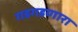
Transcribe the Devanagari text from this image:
गडगडणारा